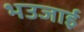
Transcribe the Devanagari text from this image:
भउजाई